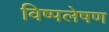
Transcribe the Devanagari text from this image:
विष्पलेषण